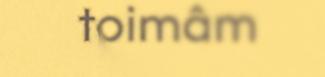
toimâm